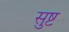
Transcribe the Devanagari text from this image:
सुष्ट